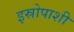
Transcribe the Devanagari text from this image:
इस्रोपाशी